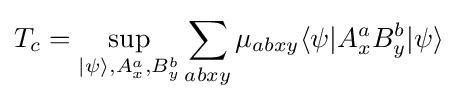
T_{c}=\sup _{|\psi \rangle ,A_{x}^{a},B_{y}^{b}}\sum _{abxy}\mu _{abxy}\langle \psi |A_{x}^{a}B_{y}^{b}|\psi \rangle